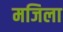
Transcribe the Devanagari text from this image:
मजिला